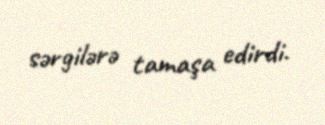
sərgilərə tamaşa edirdi.